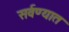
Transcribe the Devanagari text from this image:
सर्वण्यात